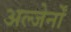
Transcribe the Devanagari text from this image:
अल्जेर्नों